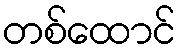
တစ်ထောင်